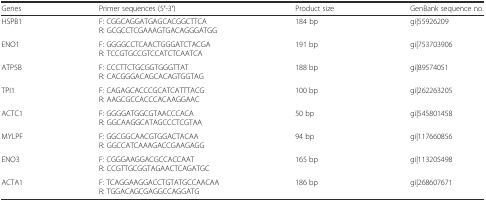
<table><thead><tr><td><b>Genes</b></td><td><b>Primer sequences (5′-3′)</b></td><td><b>Product size</b></td><td><b>GenBank sequence no.</b></td></tr></thead><tbody><tr><td>HSPB1</td><td>F: CGGCAGGATGAGCACGGCTTCAR: GCGCCTCGAAAGTGACAGGGATGG</td><td>184 bp</td><td>gi|55926209</td></tr><tr><td>ENO1</td><td>F: GGGGCCTCAACTGGGATCTACGAR: TCCGTGCCGTCCATCTCAATCA</td><td>191 bp</td><td>gi|753703906</td></tr><tr><td>ATP5B</td><td>F: CCCTTCTGCGGTGGGTTATR: CACGGGACAGCACAGTGGTAG</td><td>188 bp</td><td>gi|89574051</td></tr><tr><td>TPI1</td><td>F: CAGAGCACCCGCATCATTTACGR: AAGCGCCACCCACAAGGAAC</td><td>100 bp</td><td>gi|262263205</td></tr><tr><td>ACTC1</td><td>F: GGGGATGGCGTAACCCACAR: GGCAAGGCATAGCCCTCGTAA</td><td>50 bp</td><td>gi|545801458</td></tr><tr><td>MYLPF</td><td>F: GGCGGCAACGTGGACTACAAR: GGCCATCAAAGACCGAAGAGG</td><td>94 bp</td><td>gi|117660856</td></tr><tr><td>ENO3</td><td>F: CGGGAAGGACGCCACCAATR: CCGTTGCGGTAGAACTCAGATGC</td><td>165 bp</td><td>gi|113205498</td></tr><tr><td>ACTA1</td><td>F: TCAGGAAGGACCTGTATGCCAACAAR: TGGACAGCGAGGCCAGGATG</td><td>186 bp</td><td>gi|268607671</td></tr></tbody></table>